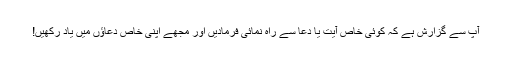
آپ سے گزارش ہے کہ کوئی خاص آیت یا دعا سے راہ نمائی فرمادیں اور مجھے اپنی خاص دعاؤں میں یاد رکھیں!